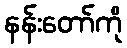
နန်းတော်ကို